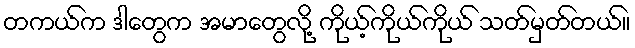
တကယ်က ဒါတွေက အမာတွေလို့ ကိုယ့်ကိုယ်ကိုယ် သတ်မှတ်တယ်။